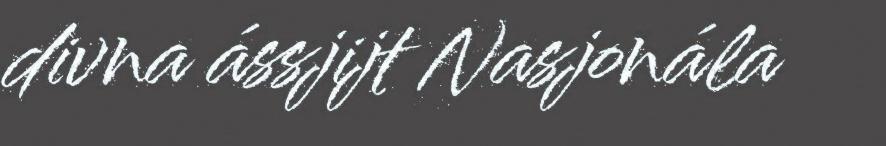
divna ássjijt Nasjonála